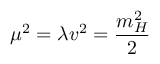
\mu ^ { 2 } = \lambda v ^ { 2 } = { \frac { m _ { H } ^ { 2 } } { 2 } }